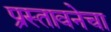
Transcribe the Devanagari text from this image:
प्रस्तावनेचा